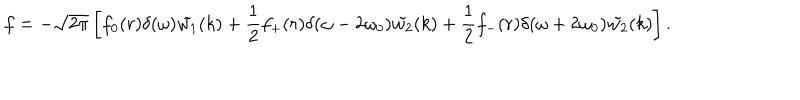
LaTeX: f = - \sqrt { 2 \pi } \left[ f _ { 0 } ( r ) \delta ( \omega ) \tilde { w _ { 1 } } ( k ) + \frac { 1 } { 2 } f _ { + } ( r ) \delta ( \omega - 2 \omega _ { 0 } ) \tilde { w _ { 2 } } ( k ) + \frac { 1 } { 2 } f _ { - } ( r ) \delta ( \omega + 2 \omega _ { 0 } ) \tilde { w _ { 2 } } ( k ) \right] .